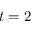
t = 2